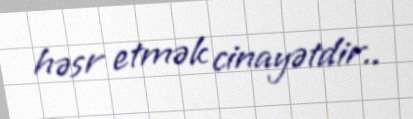
həsr etmək cinayətdir..